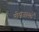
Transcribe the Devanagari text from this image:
नोपजायते